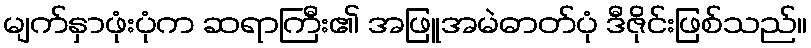
မျက်နှာဖုံးပုံက ဆရာကြီး၏ အဖြူအမဲဓာတ်ပုံ ဒီဇိုင်းဖြစ်သည်။